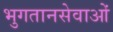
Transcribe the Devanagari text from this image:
भुगतानसेवाओं